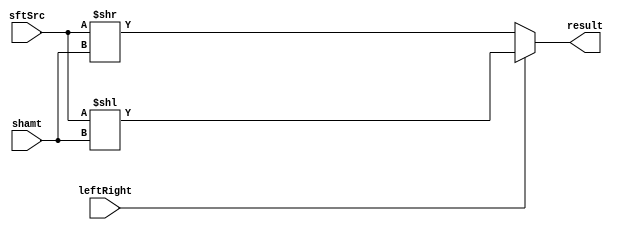
module Shifter( result, leftRight, shamt, sftSrc  );
    
  output wire[31:0] result;

  input wire leftRight;
  input wire[4:0] shamt;
  input wire[31:0] sftSrc ;
  
  assign result=(leftRight==1)? sftSrc<<shamt:sftSrc>>shamt;
  /*your code here*/ 
	
endmodule